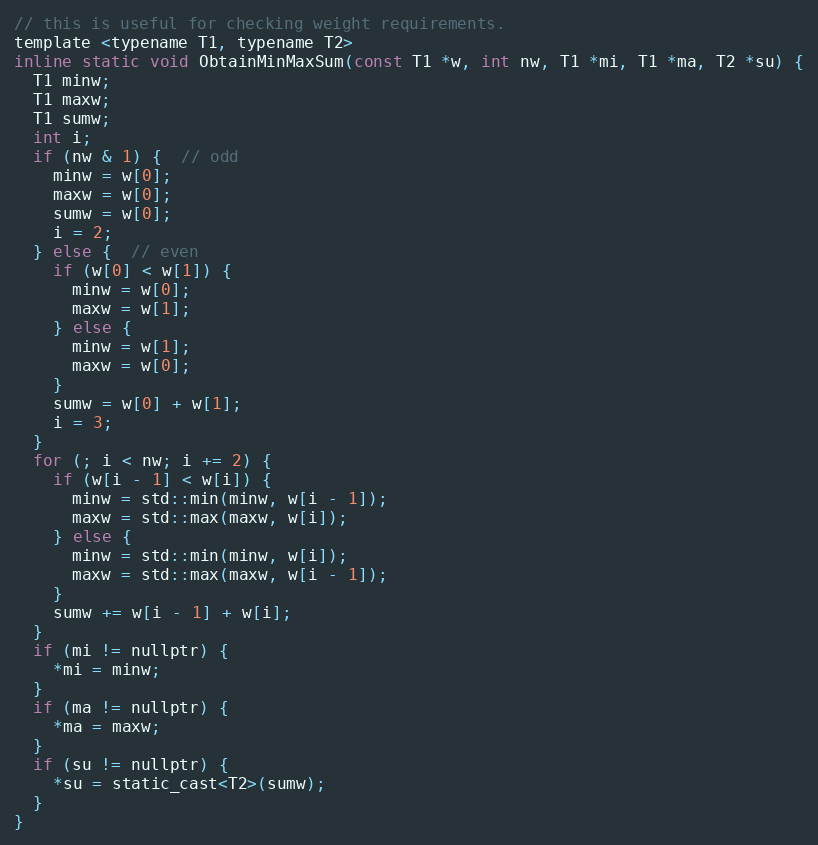
Language: C
// this is useful for checking weight requirements.
template <typename T1, typename T2>
inline static void ObtainMinMaxSum(const T1 *w, int nw, T1 *mi, T1 *ma, T2 *su) {
  T1 minw;
  T1 maxw;
  T1 sumw;
  int i;
  if (nw & 1) {  // odd
    minw = w[0];
    maxw = w[0];
    sumw = w[0];
    i = 2;
  } else {  // even
    if (w[0] < w[1]) {
      minw = w[0];
      maxw = w[1];
    } else {
      minw = w[1];
      maxw = w[0];
    }
    sumw = w[0] + w[1];
    i = 3;
  }
  for (; i < nw; i += 2) {
    if (w[i - 1] < w[i]) {
      minw = std::min(minw, w[i - 1]);
      maxw = std::max(maxw, w[i]);
    } else {
      minw = std::min(minw, w[i]);
      maxw = std::max(maxw, w[i - 1]);
    }
    sumw += w[i - 1] + w[i];
  }
  if (mi != nullptr) {
    *mi = minw;
  }
  if (ma != nullptr) {
    *ma = maxw;
  }
  if (su != nullptr) {
    *su = static_cast<T2>(sumw);
  }
}